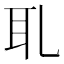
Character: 耴